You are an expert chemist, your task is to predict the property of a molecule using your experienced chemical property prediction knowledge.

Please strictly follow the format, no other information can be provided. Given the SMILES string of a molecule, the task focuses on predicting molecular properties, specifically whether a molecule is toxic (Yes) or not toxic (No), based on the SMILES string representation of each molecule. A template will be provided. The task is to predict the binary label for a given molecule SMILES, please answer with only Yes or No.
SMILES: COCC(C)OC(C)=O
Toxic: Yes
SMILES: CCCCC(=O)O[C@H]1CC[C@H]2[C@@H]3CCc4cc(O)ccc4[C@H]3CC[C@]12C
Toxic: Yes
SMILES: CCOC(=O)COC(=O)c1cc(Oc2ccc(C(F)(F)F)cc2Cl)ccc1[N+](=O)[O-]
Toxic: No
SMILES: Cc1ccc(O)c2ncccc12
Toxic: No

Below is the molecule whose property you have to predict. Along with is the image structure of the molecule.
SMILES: CCC(C)N(C)C(=O)c1cc2ccccc2c(-c2ccccc2Cl)n1
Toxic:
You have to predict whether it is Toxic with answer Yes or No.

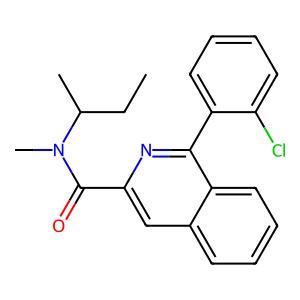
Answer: No